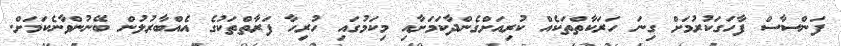
ފަންސާސް ފާހަގަކުރުމަށް ގިނަ ހަރަކާތްތަކެއް ކުރިއަށްގެންދާކަމަށާއި މިކަމުގައި ހުރިހާ ފަރާތްތަކުގެ އެއްބާރުލުން ބޭނުންވާނެކަމަށް.